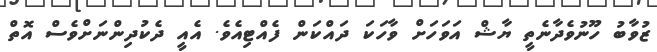
ޒުވާބު ހޫނުވެދާނެތީ ޔާޝް އަވަހަށް ވާހަކަ ދައްކަން ފެއްޓިއެވެ. އެއީ ދެކުދިންނަށްވެސް އޮތް